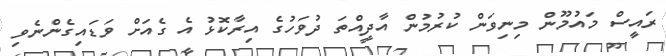
ރައީސް މައުމޫން މިނިވަން ކުރުމުން އާދީއްތަ ދުވަހުގެ އިރާކޮޅު އެ ގެއަށް ވަޑައިގެންނެވި